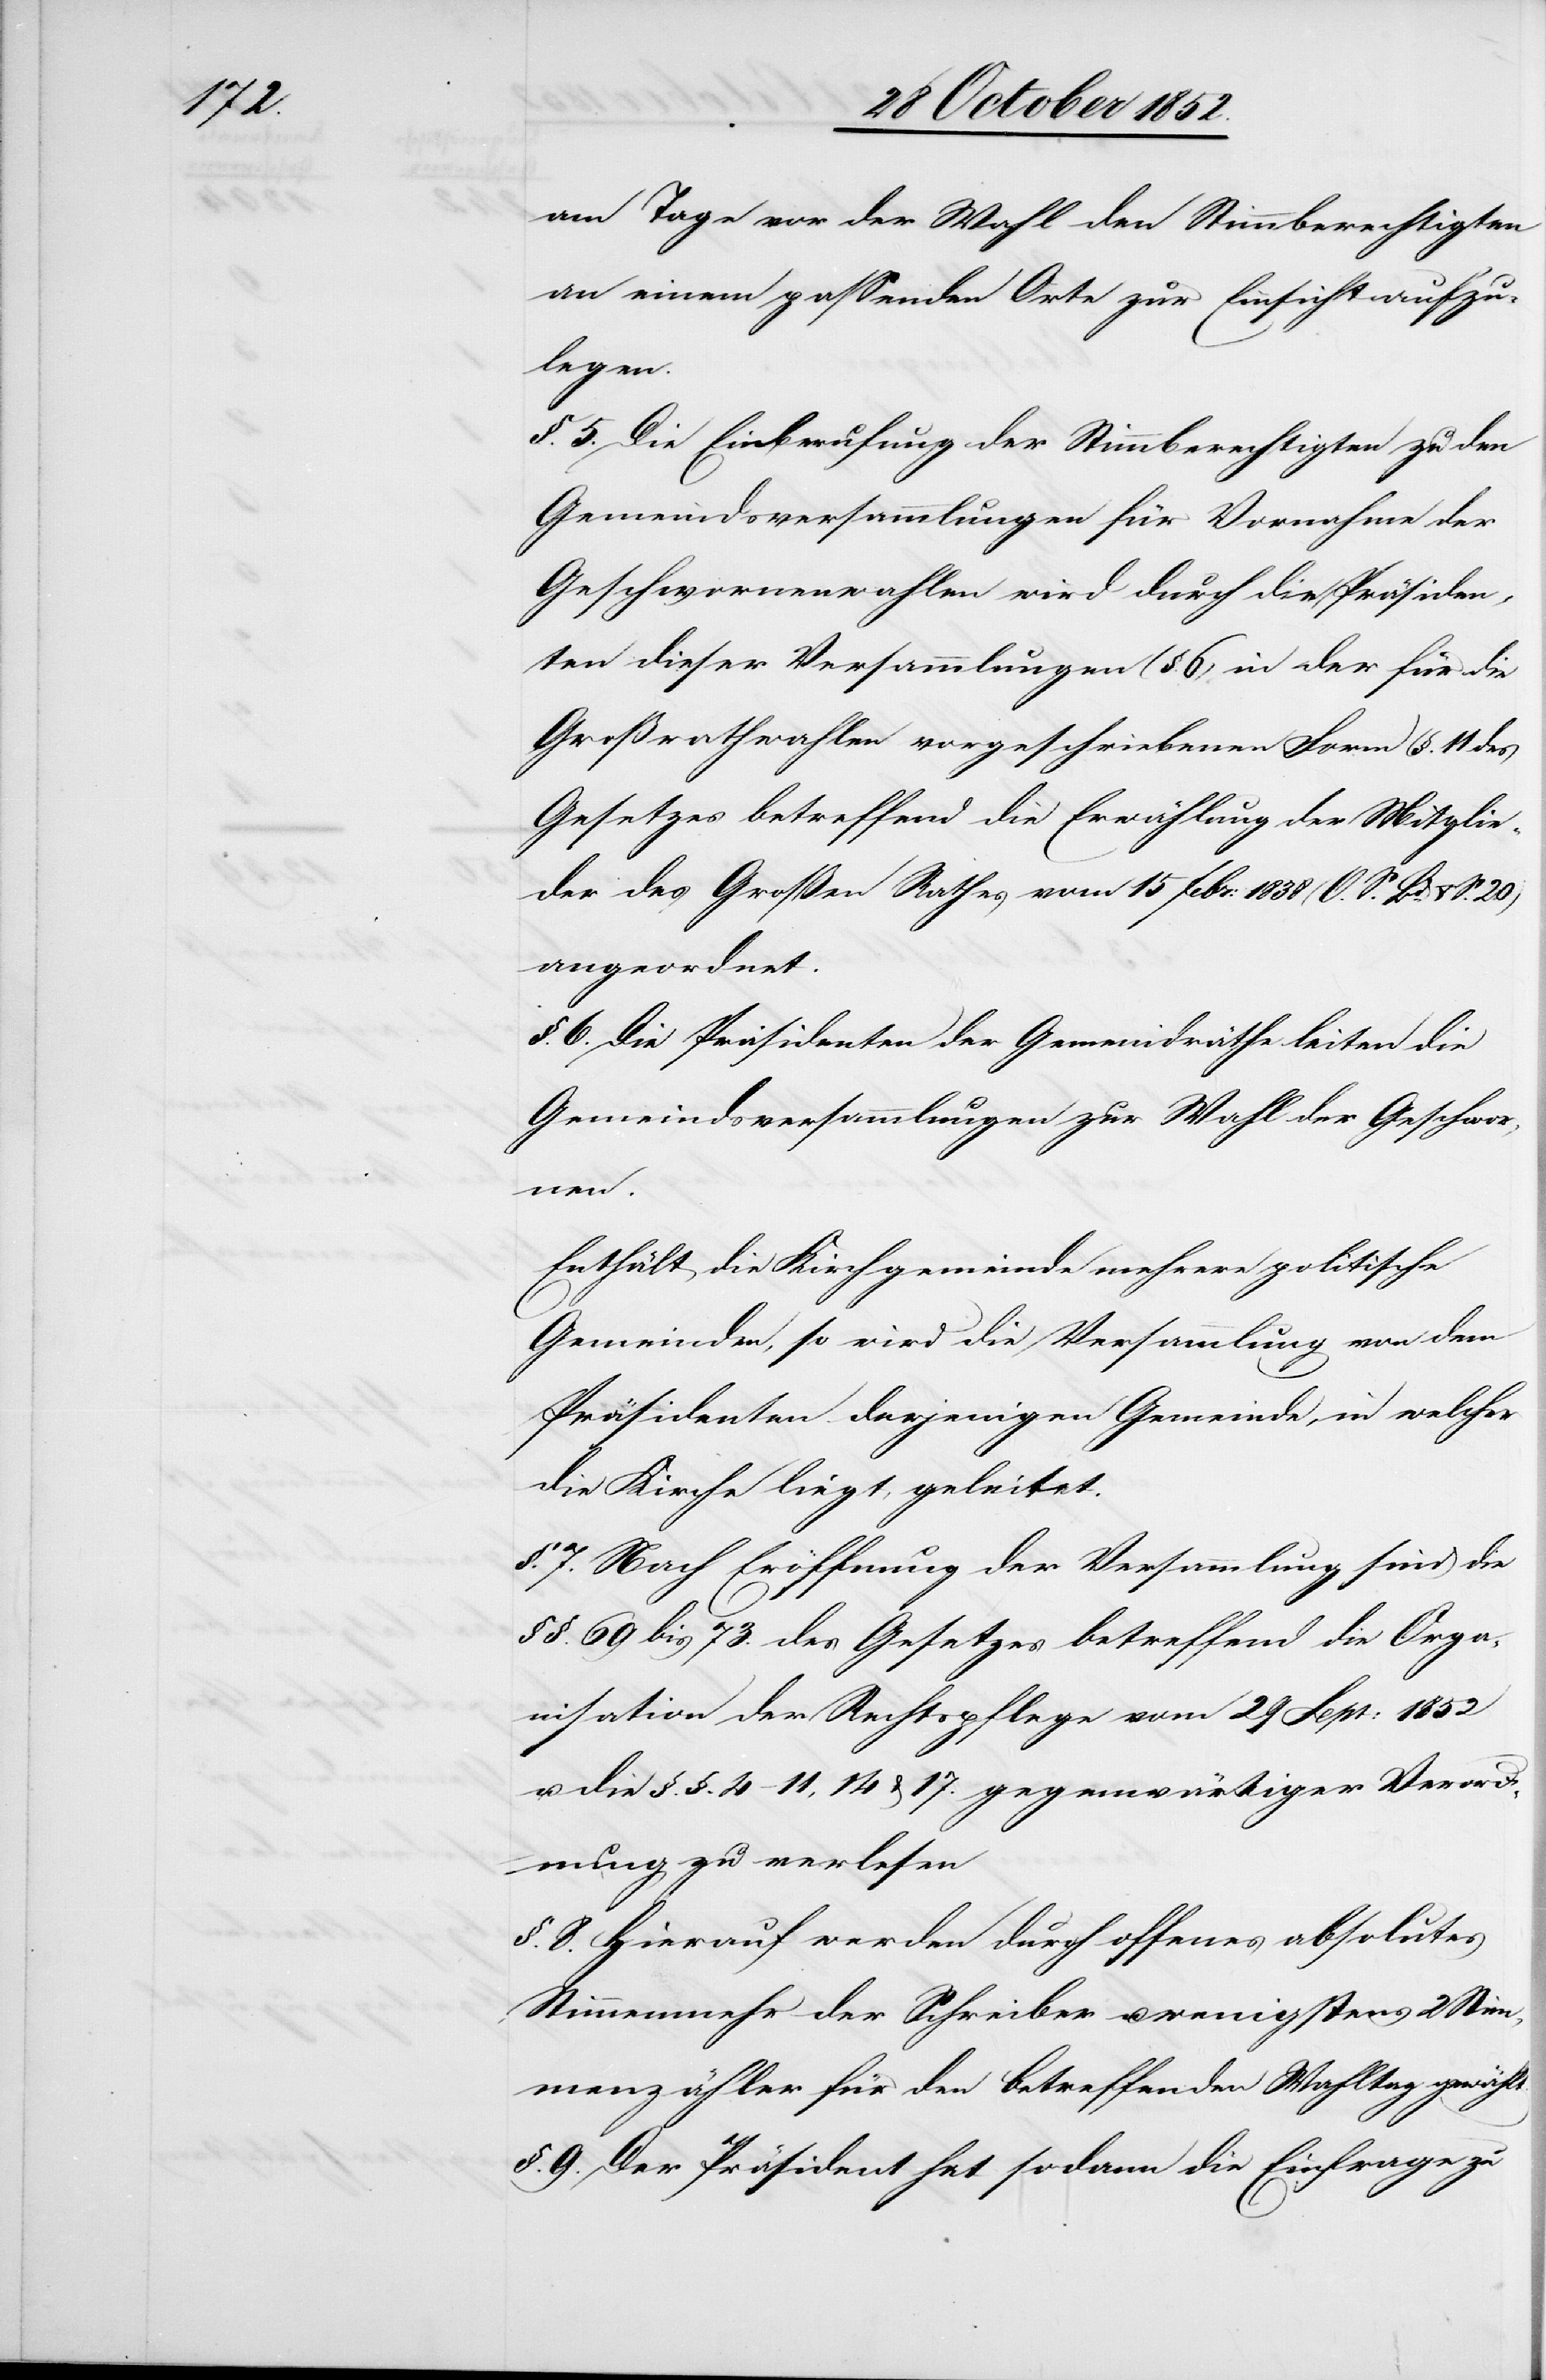
am Tage vor der Wahl den Stimmberechtigten
an einem passenden Orte zur Einsicht aufzu¬
legen.
§. 5. Die Einberufung der Stimmberechtigten zu den
Gemeindsversammlungen für Vornahme der
Geschwornenwahlen wird durch die Präsiden¬
ten dieser Versammlungen (§. 6) in der für die
Großrathwahlen vorgeschriebenen Form (§. 11 des
Gesetzes betreffend die Erwählung der Mitglie¬
der des Großen Rathes vom 15 Febr: 1838 (O. S. Bd. V S.
angeordnet.
§. 6. Die Präsidenten der Gemeindräthe leiten die
Gemeindsversammlungen zur Wahl der Geschwor¬
nen.
Enthält die Kirchgemeinde mehrere politische
Gemeinden, so wird die Versammlung von dem
Präsidenten derjenigen Gemeinde, in welcher
die Kirche liegt, geleitet.
§. 7. Nach Eröffnung der Versammlung sind die
§§. 69 bis 73. des Gesetzes betreffend die Orga¬
nisation der Rechtspflege vom 29 Sept: 1852
u. die §.§. 4–11, 14 & 17. gegenwärtiger Verord¬
nung zu verlesen
§. 8. Hierauf werden durch offenes absolutes
Stimmenmehr der Schreiber u. wenigstens 2 Stim¬
menzähler für den betreffenden Wahltag gewählt.
§. 9. Der Präsident hat sodann die Einfrage zu